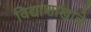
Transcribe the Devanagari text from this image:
विद्याशाखांचे